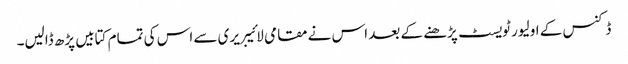
ڈکنس کے اولیور ٹویسٹ پڑھنے کے بعد اس نے مقامی لائیبریری سے اس کی تمام کتابیں پڑھ ڈالیں۔